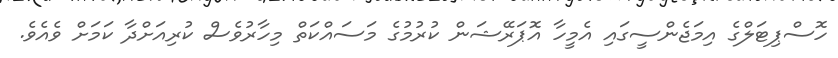
ހޮސްޕިޓަލްގެ އިމަޖެންސީގައި އެމީހާ އޮޕަރޭޝަން ކުރުމުގެ މަސައްކަތް މިހާރުވެސް ކުރިއަށްދާ ކަމަށް ވެއެވެ.